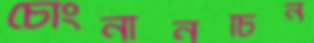
চোংনানচিন